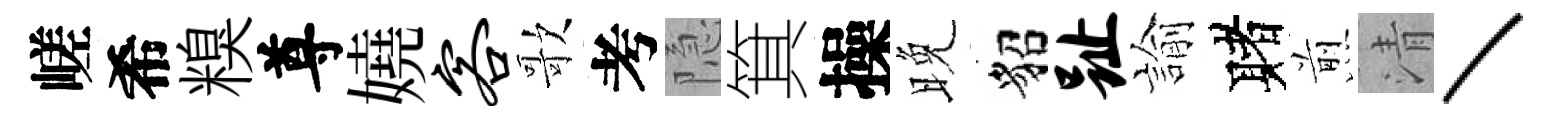
嵯希糗尊嬈客歌考隐箕操晚貂趾諭赌煎清丶